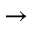
\rightarrow